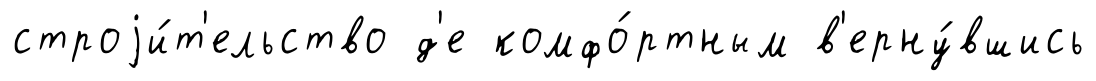
строjи́т'ельство д'е комфо́ртным в'ерну́вшись